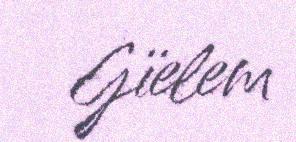
Gïelem